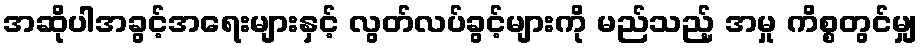
အဆိုပါအခွင့်အရေးများနှင့် လွတ်လပ်ခွင့်များကို မည်သည့် အမှု ကိစ္စတွင်မျှ